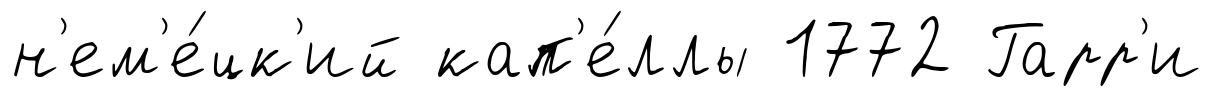
н'ем'е́цк'ий кап'е́ллы 1772 Гарр'и